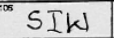
Transcription: SIW